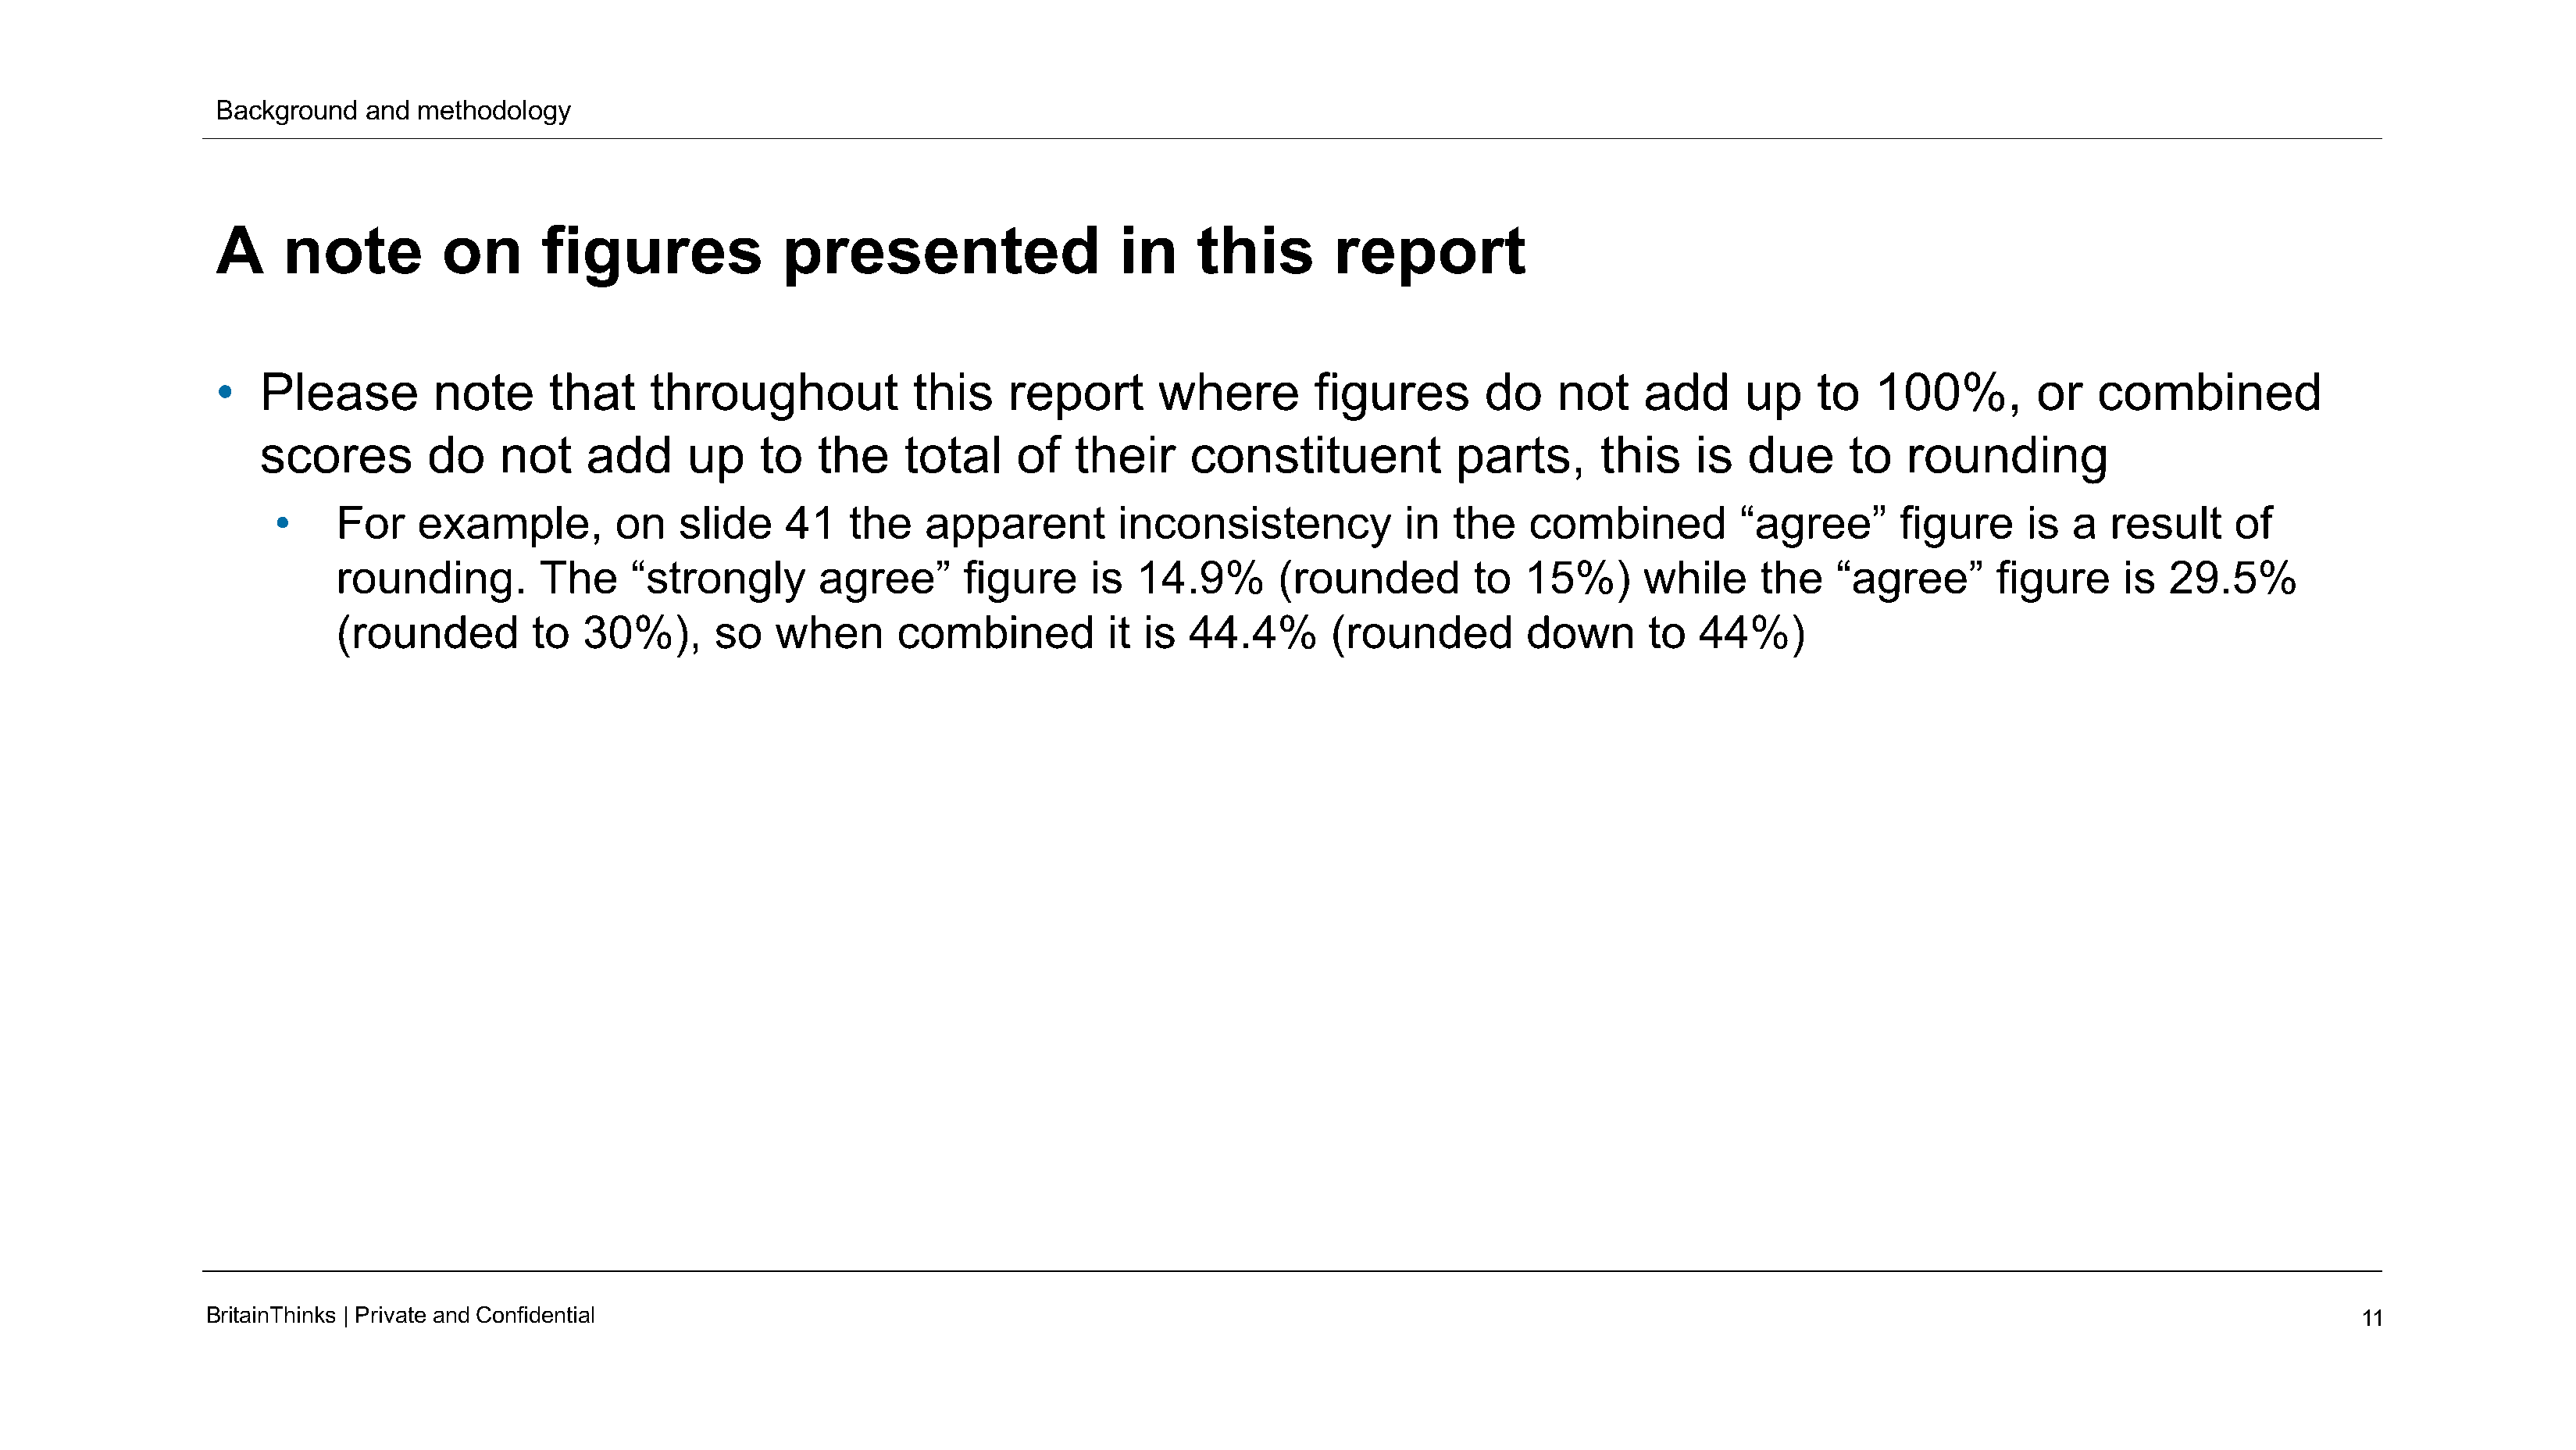
Background   and methodology
 A     note         on       figures             presented                    in    this        report
 •   Please         note      that    throughout            this    report       where        figures        do    not    add      up    to   100%,         or   combined
 scores        do    not     add     up    to   the     total    of   their     constituent           parts,       this    is  due      to   rounding
 •     For   example,         on    slide    41   the   apparent         inconsistency           in  the    combined         “agree”       figure     is  a  result    of
 rounding.        The    “strongly       agree”       figure    is  14.9%       (rounded         to  15%)      while     the    “agree”      figure     is  29.5%
 (rounded        to  30%),       so   when      combined          it is  44.4%       (rounded        down       to  44%)
 BritainThinks | Private andConfidential                                                                                                                                                11